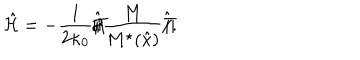
\hat { \cal H } = - \frac { 1 } { 2 \kappa _ { 0 } } \hat { \Pi / } \frac { M } { M ^ { \star } ( \hat { x } ) } \hat { \Pi / } .